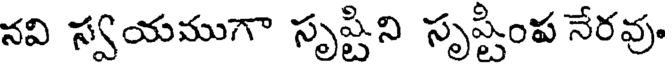
నవి స్వయముగా సృష్టిని సృష్టింప నేరవు